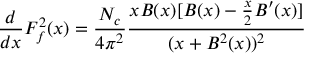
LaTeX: { \frac { d } { d x } } F _ { f } ^ { 2 } ( x ) = \frac { N _ { c } } { 4 \pi ^ { 2 } } { \frac { x B ( x ) [ B ( x ) - { \frac { x } { 2 } } B ^ { \prime } ( x ) ] } { ( x + B ^ { 2 } ( x ) ) ^ { 2 } } }